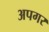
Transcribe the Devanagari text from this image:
अपगर